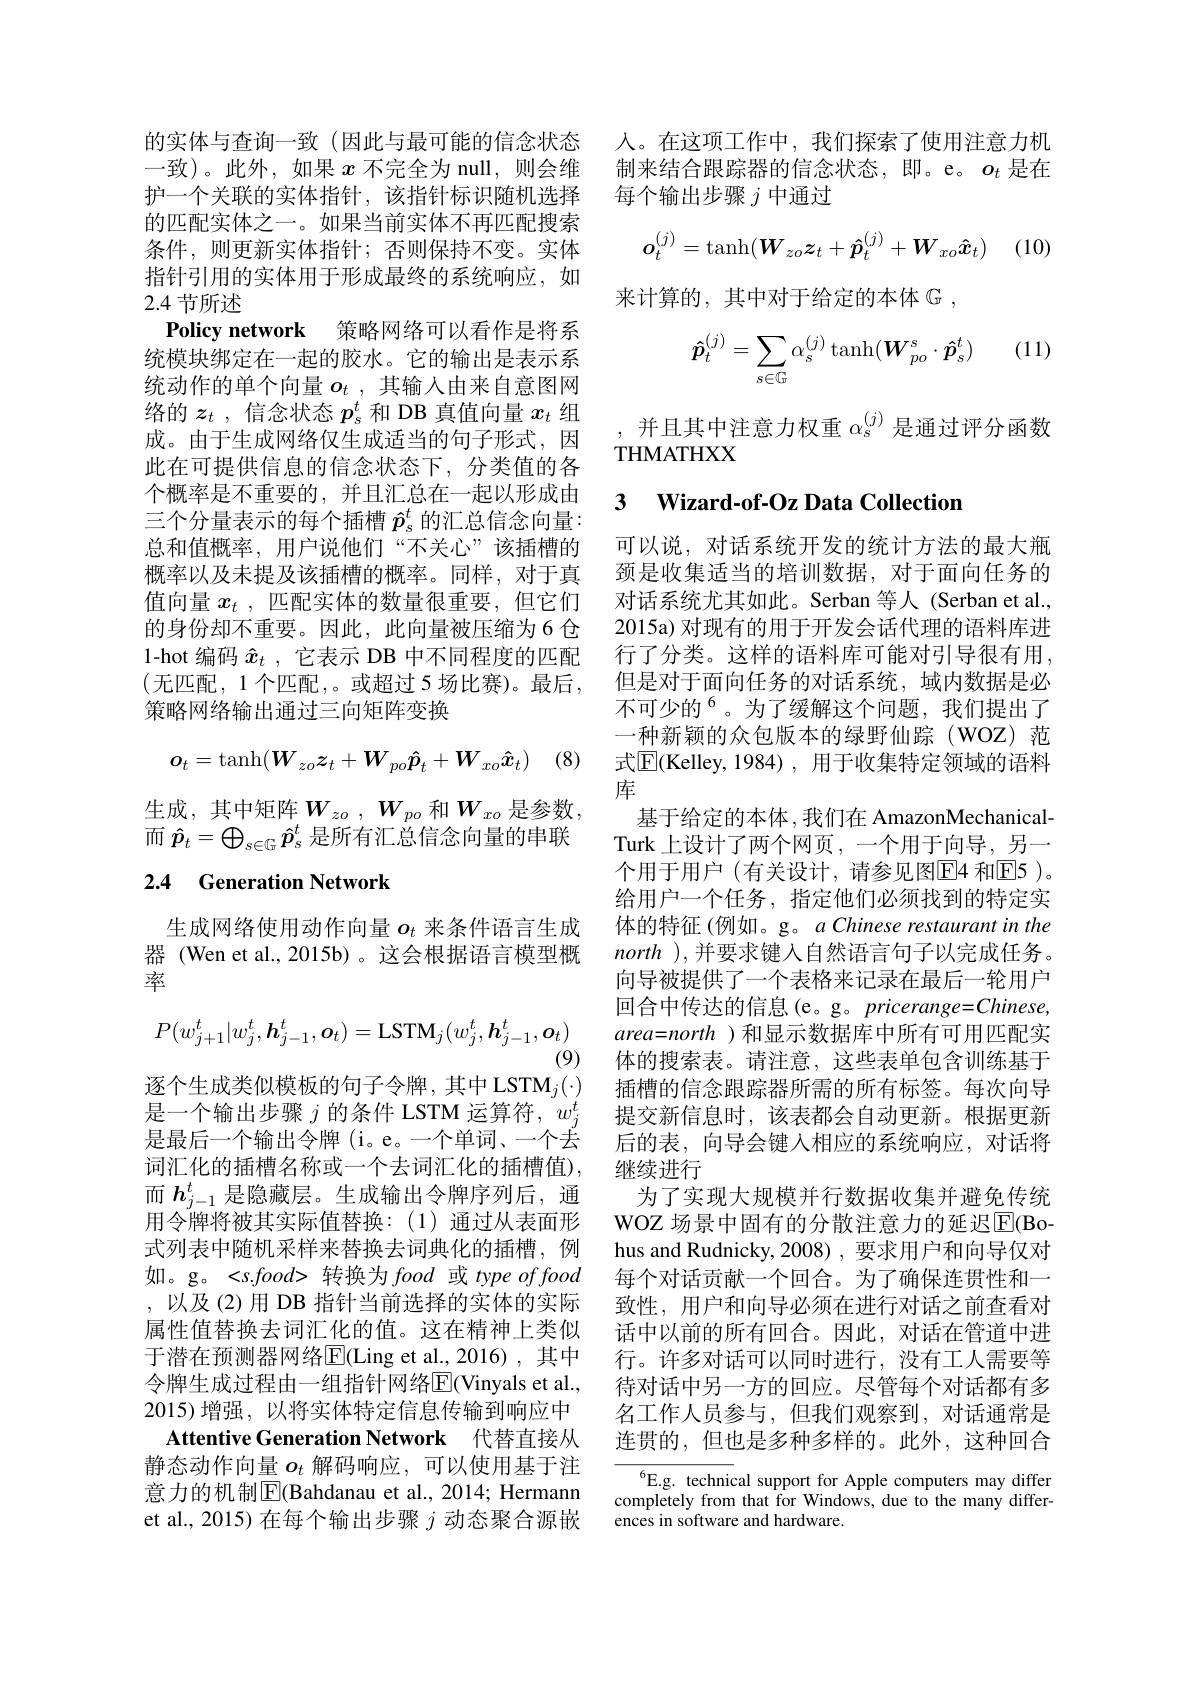
的匹配实体之一。如果当前实体不再匹配搜索条件，则更新实体指针；否则保持不变。实体指针引用的实体用于形成最终的系统响应，如2.4节所述

Policy network 策略网络可以看作是将系统模块绑定在一起的胶水。它的输出是表示系统动作的单个向量$o_t$ ,其输入由来自意图网络的$z_t$ ,信念状态$p_s^t$和 DB 真值向量$x_t$组成。由于生成网络仅生成适当的句子形式，因此在可提供信息的信念状态下，分类值的各个概率是不重要的，并且汇总在一起以形成由三个分量表示的每个插槽$\hat{p}_s^t$的汇总信念向量： 总和值概率，用户说他们“不关心”该插槽的概率以及未提及该插槽的概率。同样，对于真值向量$x_t$ ,匹配实体的数量很重要，但它们的身份却不重要。因此，此向量被压缩为6 仓1-hot 编码$\hat{x}_t$ ,它表示 DB 中不同程度的匹配(无匹配，1个匹配，。或超过 5 场比赛)。最后， 策略网络输出通过三向矩阵变换
$$\boldsymbol{o}_t=\tanh(\boldsymbol{W}_{zo}\boldsymbol{z}_t+\boldsymbol{W}_{po}\boldsymbol{\hat{p}}_t+\boldsymbol{W}_{xo}\boldsymbol{\hat{x}}_t)$$
生成，其中矩阵$W_zo$ $, W_{po}$ 和$W_xo$ 是参数， 而$\hat{p}_t=\bigoplus_{s\in\mathbb{G}}\hat{p}_s^t$是所有汇总信念向量的串联

## 2.4 Generation Network

生成网络使用动作向量$o_t$来条件语言生成器 (Wen et al., 2015b)。这会根据语言模型概率
$$P(w_{j+1}^t|w_j^t,\boldsymbol{h}_{j-1}^t,\boldsymbol{o}_t)=\mathrm{LSTM}_j(w_j^t,\boldsymbol{h}_{j-1}^t,\boldsymbol{o}_t)$$
(9)

逐个生成类似模板的句子令牌，其中 LSTM$_j(\cdot)$ 是一个输出步骤$j$的条件 LSTM 运算符，$w_j^t$ ,以及(2)用 DB 指针当前选择的实体的实际属性值替换去词汇化的值。这在精神上类似于潜在预测器网络E$( Ling et al. , 2016) , 其 中$ 令牌生成过程由一组指针网络$\overline{\mathrm{E}}($Vinyals et al., 2015)增强，以将实体特定信息传输到响应中
Attentive Generation Network 代替直接从静态动作向量$o_t$解码响应，可以使用基于注意力的机制$|\mathbb{E}|$Bahdanau et al., 2014; Hermann et al., 2015) 在每个输出步骤$j$动态聚合源嵌

的实体与查询一致 (因此与最可能的信念状态 人。在这项工作中，我们探索了使用注意力机一致)。此外，如果$x$不完全为 null, 则会维 制来结合跟踪器的信念状态，即。e。$o_t$是在护一个关联的实体指针，该指针标识随机选择 每个输出步骤$j$中通过
$$\boldsymbol{o}_t^{(j)}=\tanh(\boldsymbol{W}_{zo}\boldsymbol{z}_t+\boldsymbol{\hat{p}}_t^{(j)}+\boldsymbol{W}_{xo}\boldsymbol{\hat{x}}_t)$$
(10)

来计算的，其中对于给定的本体$\mathbb{G}$ ,

(11)
$$\boldsymbol{\hat{p}}_t^{(j)}=\sum_{s\in\mathbb{G}}\alpha_s^{(j)}\tanh(\boldsymbol{W}_{po}^s\cdot\boldsymbol{\hat{p}}_s^t)$$
,并且其中注意力权重$\alpha_s^{(j)}$是通过评分函数
THMATHXX

## 3 Wizard-of-Oz Data Collection

可以说，对话系统开发的统计方法的最大瓶颈是收集适当的培训数据，对于面向任务的对话系统尤其如此。Serban 等人 (Serban et al., 2015a) 对现有的用于开发会话代理的语料库进行了分类。这样的语料库可能对引导很有用， 但是对于面向任务的对话系统，域内数据是必不可少的$^{6}$。为了缓解这个问题，我们提出了一种新颖的众包版本的绿野仙踪(WOZ)范式$\overline{\mathbb{E}}$(Kelley,1984) ,用于收集特定领域的语料库
基于给定的本体 ,我们在 AmazonMechanicalTurk 上设计了两个网页，一个用于向导，另一个用于用户 (有关设计，请参见图[E4 和[E]5 )。给用户一个任务，指定他们必须找到的特定实体的特征 (例如。g。$a\textit{Chinese restaurant in the}$ north ),并要求键入自然语言句子以完成任务。向导被提供了一个表格来记录在最后一轮用户回合中传达的信息(e。g。pricerange=Chinese, $area=north$ )和显示数据库中所有可用匹配实体的搜索表。请注意，这些表单包含训练基于插槽的信念跟踪器所需的所有标签。每次向导提交新信息时，该表都会自动更新。根据更新
是最后一个输出令牌 (i。e。一个单词、一个去 后的表，向导会键人相应的系统响应，对话将
词汇化的插槽名称或一个去词汇化的插槽值), 继续进行
而$h_{j-1}^t$是隐藏层。生成输出令牌序列后，通 为了实现大规模并行数据收集并避免传统用令牌将被其实际值替换：(1)通过从表面形 WOZ 场景中固有的分散注意力的延迟$\overline{\mathrm{E}}($Bo式列表中随机采样来替换去词典化的插槽，例 hus and Rudnicky,2008),要求用户和向导仅对如。g。<s.food> 转换为food 或 type of food 每个对话贡献一个回合。为了确保连贯性和一
致性，用户和向导必须在进行对话之前查看对话中以前的所有回合。因此，对话在管道中进行。许多对话可以同时进行，没有工人需要等待对话中另一方的回应。尽管每个对话都有多名工作人员参与，但我们观察到，对话通常是连贯的，但也是多种多样的。此外，这种回合
$^{6}$E.g. technical support for Apple computers may differ

completely from that for Windows, due to the many differ-
ences in software and hardware